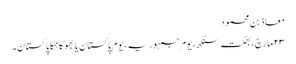
معاذ بن محمود
۲۳ مارچ، بھگت سنگھ، یوم جمہوریہ، یوم پاکستان یا بھوکا ننگا پاکستان۔